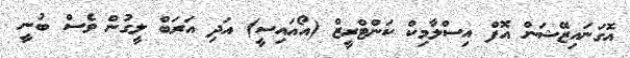
އޮގަނައިޒޭޝަން އޮފް އިސްލާމިކް ކަންޓްރީޒް (އޯއައިސީ) އަދި އަރަބް ލީގުން ވެސް ބުނީ